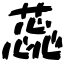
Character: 蕊